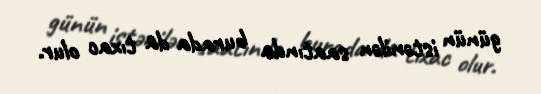
günün istənilən saatında burada da tıxac olur.